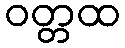
ဝတ္တထ